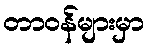
တာဝန်များမှာ